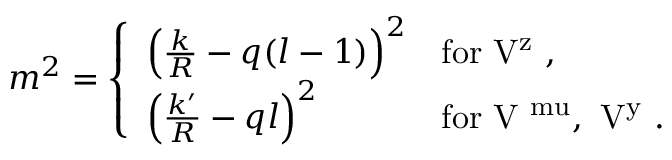
m ^ { 2 } = \left\{ \begin{array} { l l } { { \left( \frac k R - q ( l - 1 ) \right) ^ { 2 } } } & { { \mathrm { f o r ~ V ^ { z } ~ , } } } \\ { { \left( \frac { k ^ { \prime } } R - q l \right) ^ { 2 } } } & { { \mathrm { f o r ~ V ^ { \ m u } , \ V ^ { y } ~ } . } } \end{array} \right.